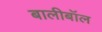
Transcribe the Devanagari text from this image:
बालीबॉल